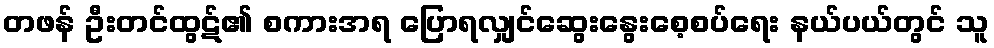
တဖန် ဦးတင်ထွဋ်၏ စကားအရ ပြောရလျှင်ဆွေးနွေးစေ့စပ်ရေး နယ်ပယ်တွင် သူ